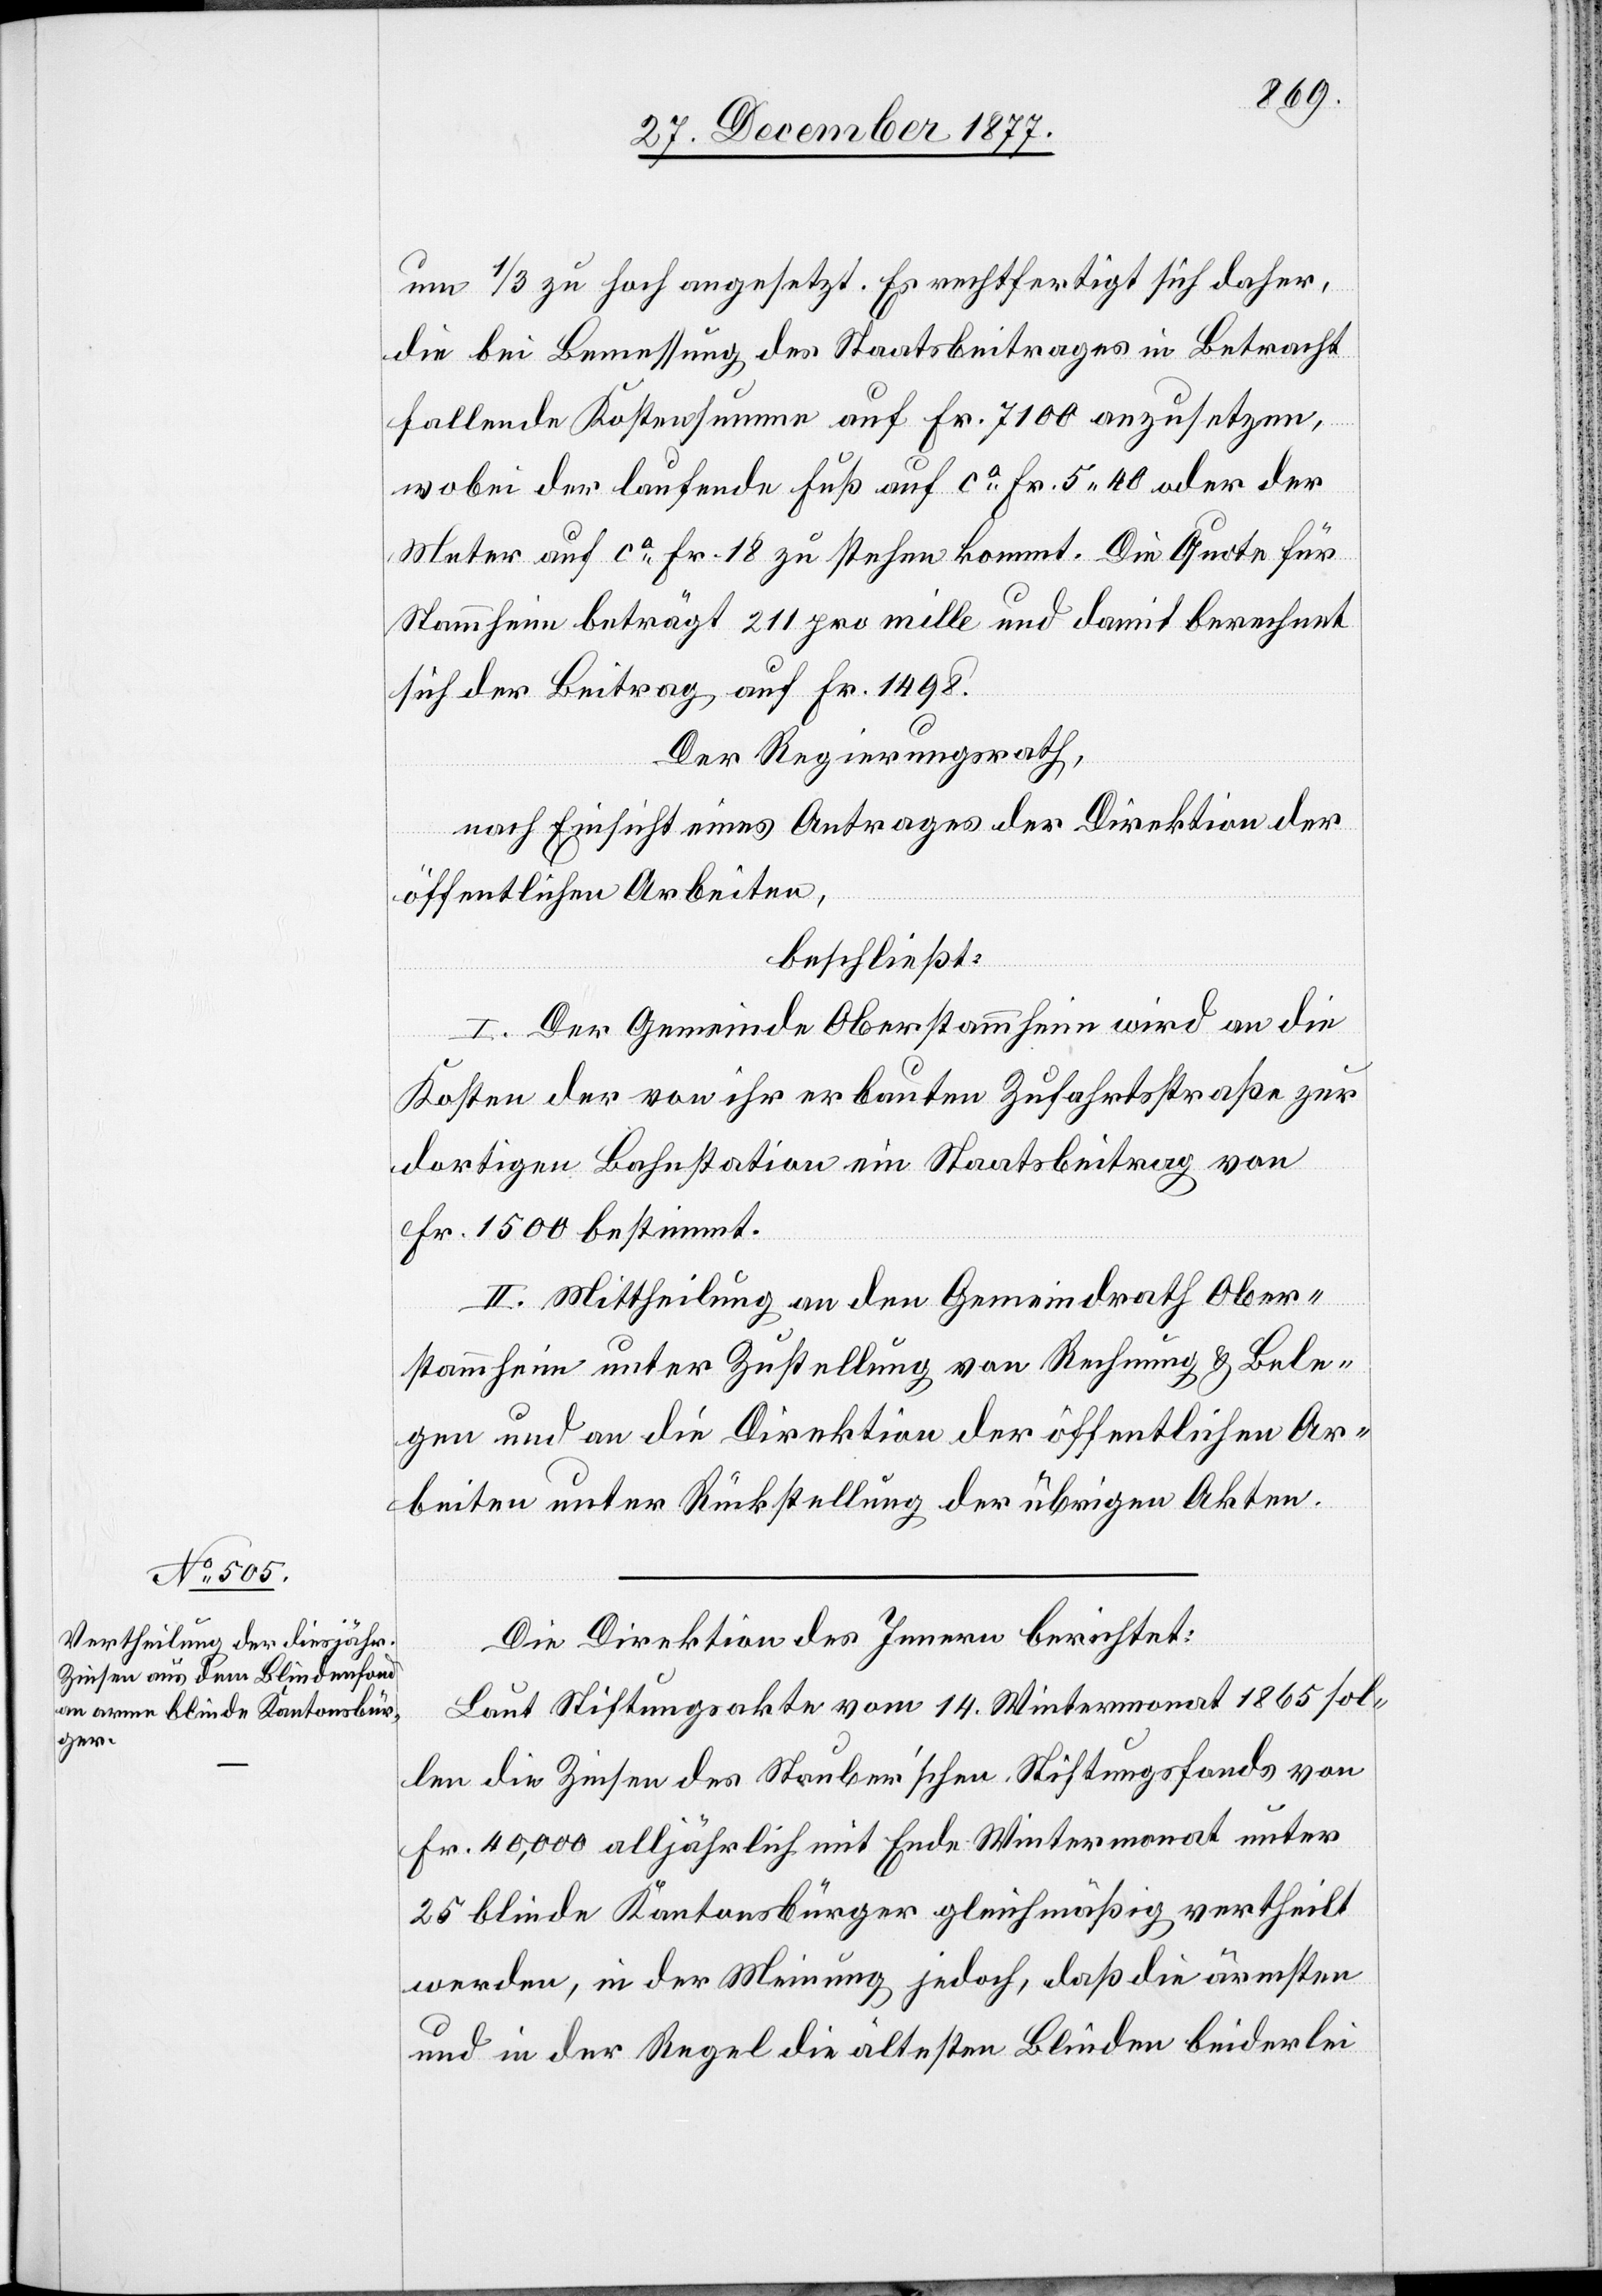
um 1/3 zu hoch angesetzt. Es rechtfertigt sich daher,
die bei Bemessung des Staatsbeitrages in Betracht
fallende Kostensumme auf Fr. 7100 anzusetzen,
wobei der laufende Fuß auf ca Fr. 5 40 oder der
Meter auf ca Fr. 18 zu stehen kommt. Die Quote für
Stammheim beträgt 211 pro mille und damit berechnet
sich der Beitrag auf Fr. 1498.
Der Regierungsrath,
nach Einsicht eines Antrages der Direktion der
öffentlichen Arbeiten,
beschließt:
I. Der Gemeinde Oberstammheim wird an die
Kosten der von ihr erbauten Zufahrtsstraße zur
dortigen Bahnstation ein Staatsbeitrag von
Fr. 1500 bestimmt.
II. Mittheilung an den Gemeindrath Ober¬
stammheim unter Zustellung von Rechnung & Bele¬
gen und an die Direktion der öffentlichen Ar¬
beiten unter Rückstellung der übrigen Akten.
Die Direktion des Innern berichtet:
Laut Stiftungsakte vom 14. Wintermonat 1865 sol¬
len die Zinsen des Stauber’schen Stiftungsfonds von
Fr. 40,000 alljährlich mit Ende Wintermonat unter
25 blinde Kantonsbürger gleichmäßig vertheilt
werden, in der Meinung jedoch, daß die ärmsten
und in der Regel die ältesten Blinden beiderlei